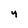
Character: 4